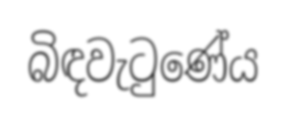
බිඳවැටුණේය